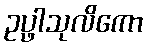
ဥပ္ဖါသုလိကော